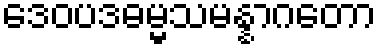
ဒေဝပဒဓမ္မသမန္နာဂတော